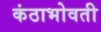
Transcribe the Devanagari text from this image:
कंठाभोवती